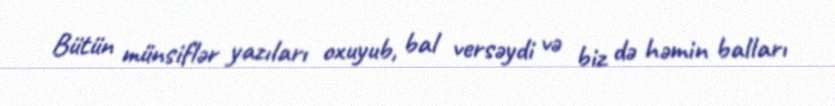
Bütün münsiflər yazıları oxuyub, bal versəydi və biz də həmin balları